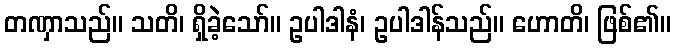
တဏှာသည်။ သတိ၊ ရှိခဲ့သော်။ ဥပါဒါနံ၊ ဥပါဒါန်သည်။ ဟောတိ၊ ဖြစ်၏။